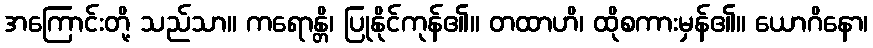
အကြောင်းတို့ သည်သာ။ ကရောန္တိ၊ ပြုနိုင်ကုန်၏။ တထာဟိ၊ ထိုစကားမှန်၏။ ယောဂိနော၊